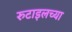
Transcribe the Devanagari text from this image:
रुटाइलच्या